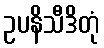
ဥပနိသီဒိတုံ